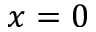
x = 0